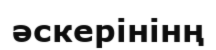
әскерінінң